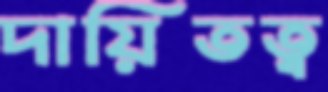
দায়িতত্ব